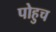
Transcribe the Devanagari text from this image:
पोहुच